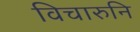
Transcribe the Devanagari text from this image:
विचारुनि